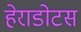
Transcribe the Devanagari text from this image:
हेराडोटस